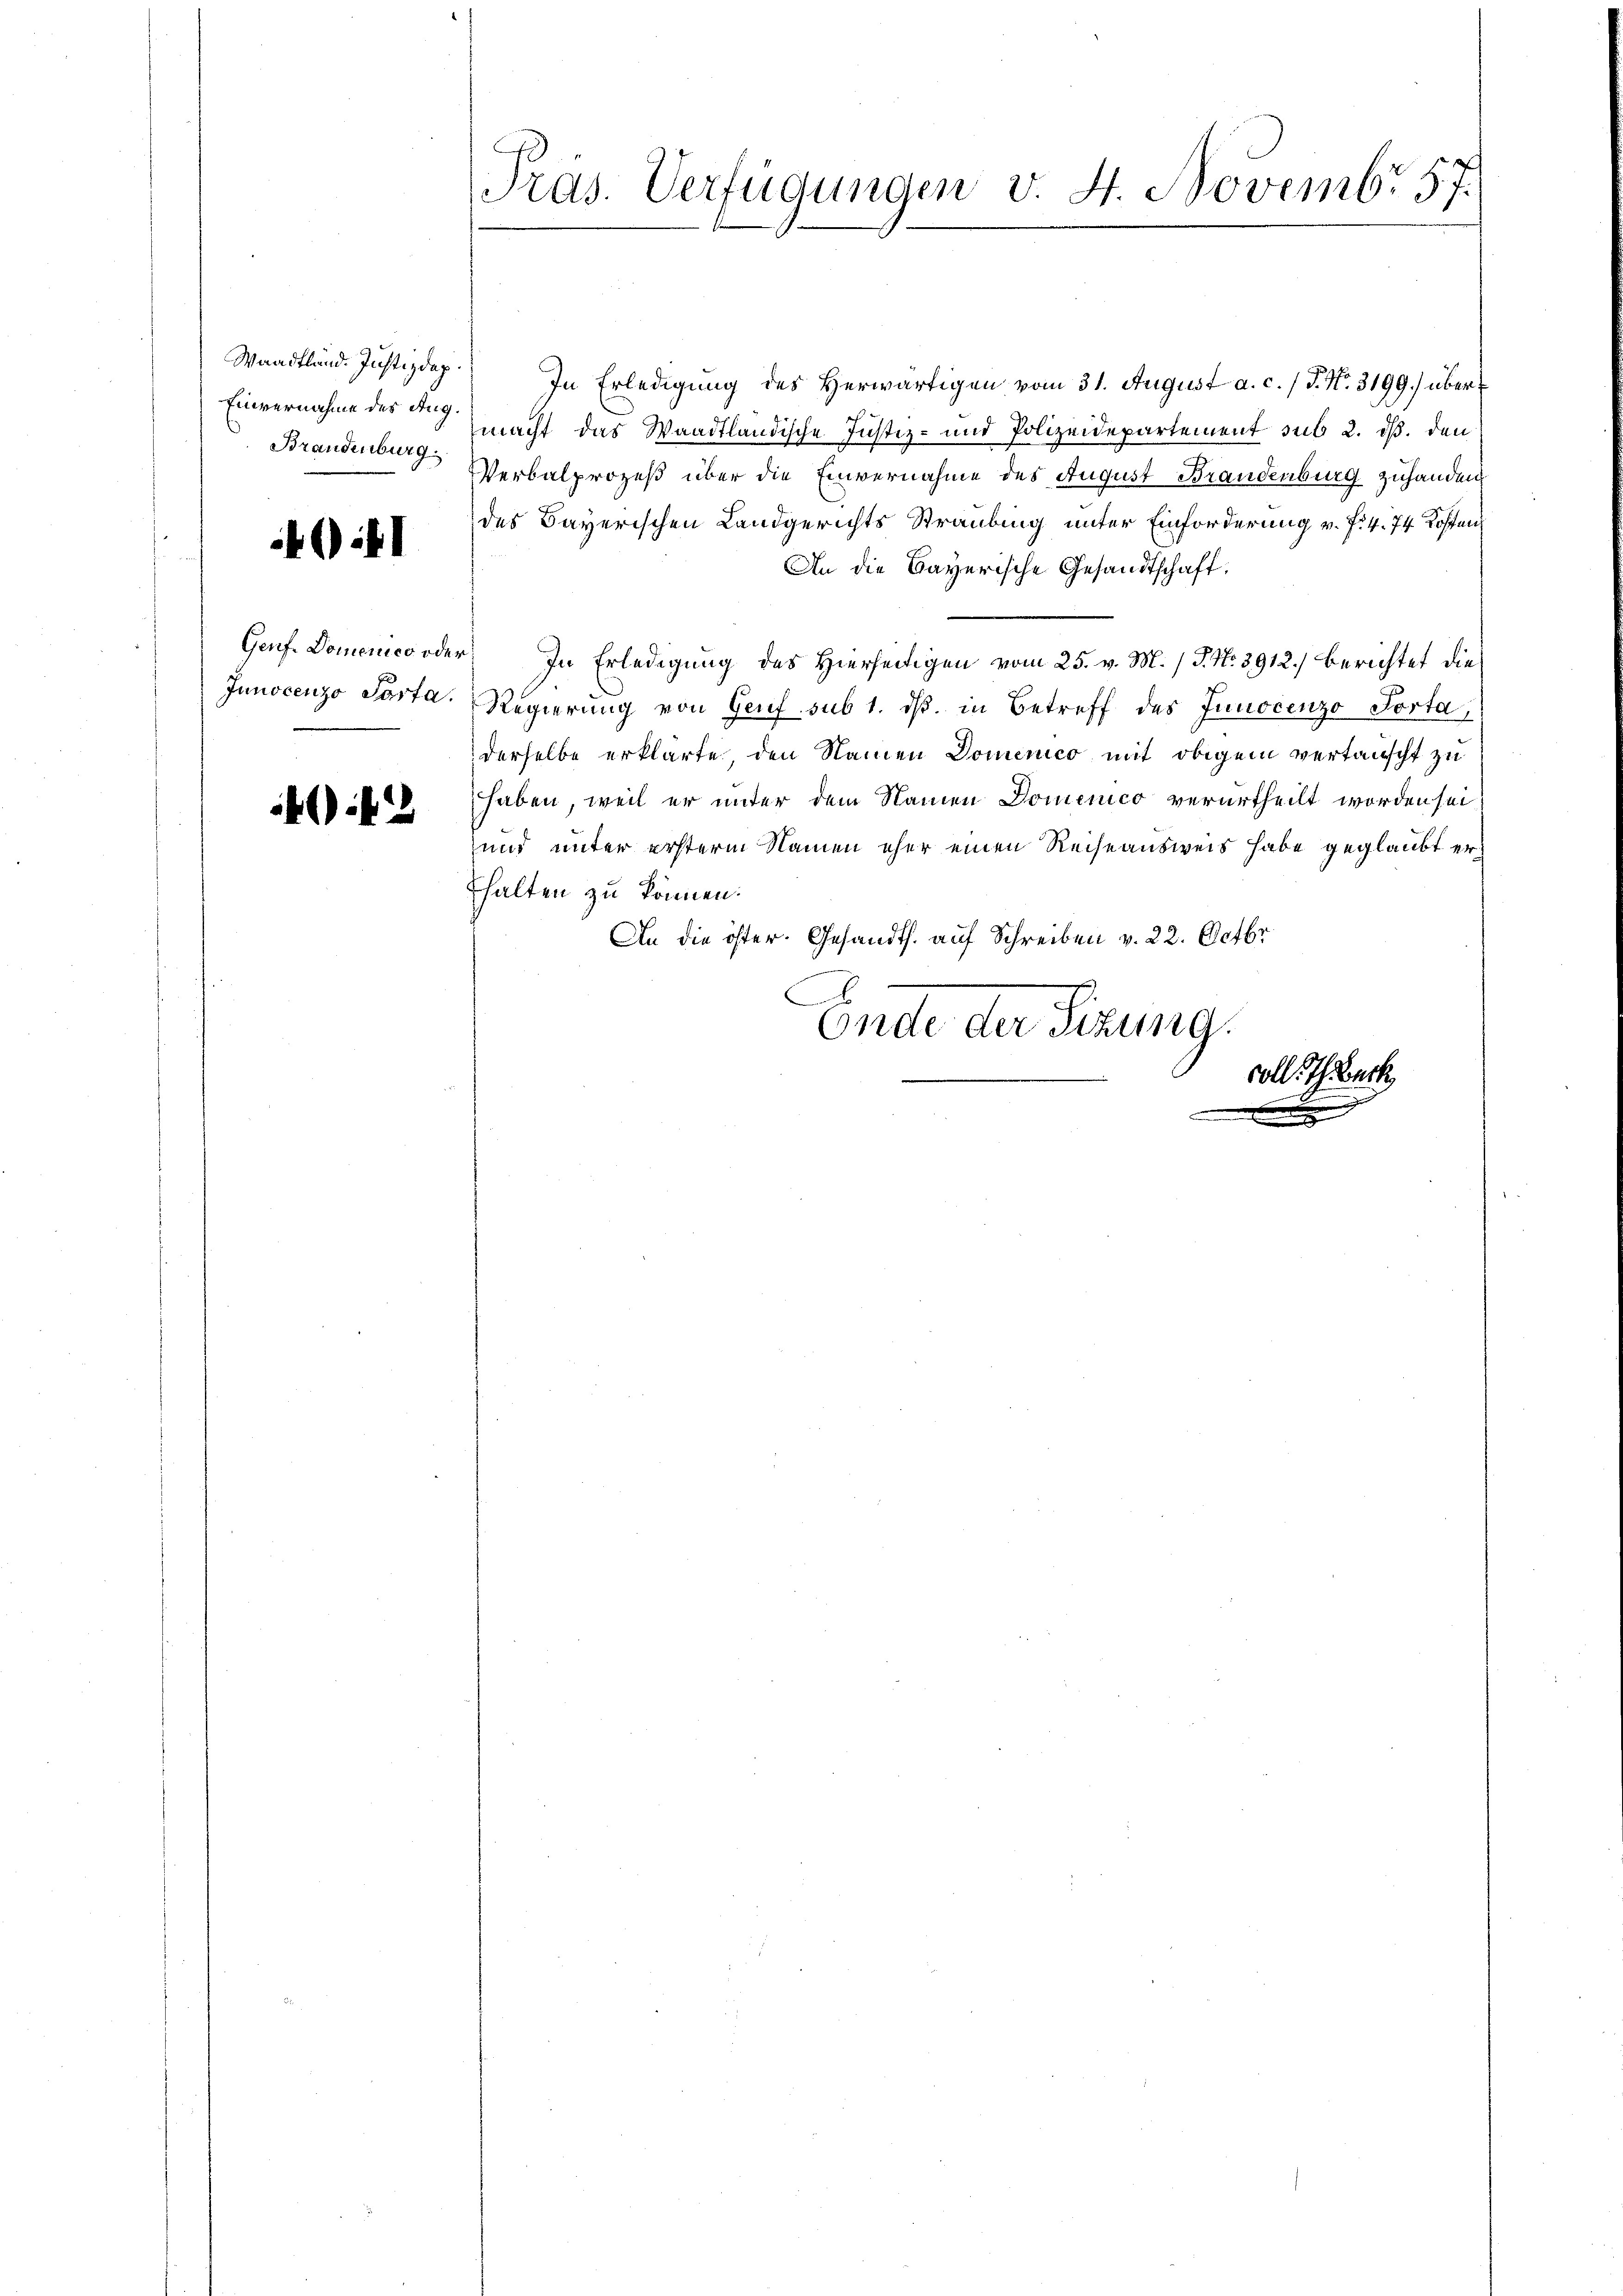
Waadtländ. Justizdap.
Einvernahme des Aug.
Brandenburg.

1

Genf. Domenico oder
Junocenzo Porta.

4.122

Präs. Verfügungen v. 4. Novembr 57.

In Erledigung des Herwärtigen vom 31. August a. c. / P. Nr. 3199.) übermacht das Waadtländische Justiz- und Polizeidepartement sub 2. ds. den
Verbalprozeß über die Einvernahme des August Brandenburg zuhanden,
des Bayerischen Landgerichts Straubung unter Einforderung v. f. 4. 74 Kosten
An die Bayerische Gesandtschaft.
In Erledigung des Hierseitigen vom 25. v. M. (T. No. 3912.) Berichtet die
Regierung von Genf sub 1. ds. in Betreff des Innocenzo Porta,
derselbe erklärte den Namen Domenico mit obigem vertauscht zu
haben, weil er unter dem Namen Domenico verurtheilt worden sei
und unter ersterm Namen eher einen Reiseausweis habe geglaubt er¬
Ehalten zu können.
An die öster. Gesandts. auf Schreiben v. 22. Octbr.
Ende der Sitzung.
soll. I Back
x